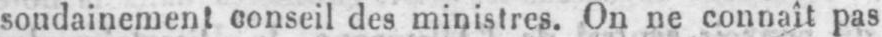
soudainement conseil des ministres. On ne connaît pas